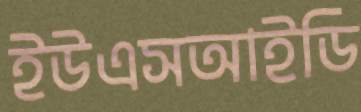
ইউএসআইডি